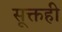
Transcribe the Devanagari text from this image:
सूक्तही